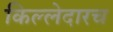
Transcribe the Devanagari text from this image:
किल्लेदारच